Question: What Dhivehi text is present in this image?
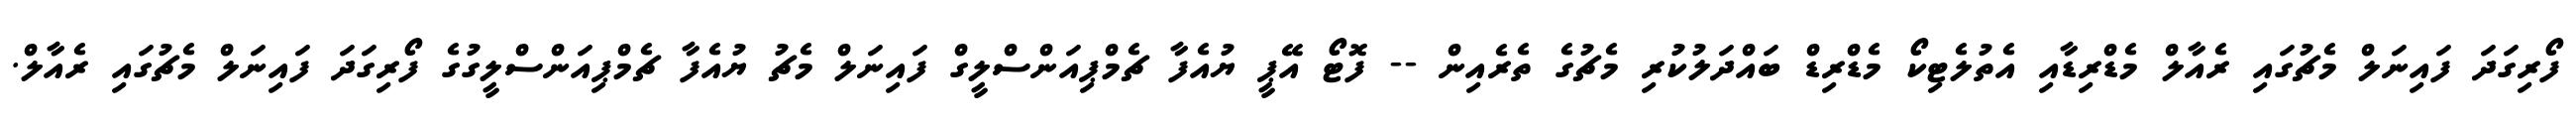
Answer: ފޯރިގަދަ ފައިނަލް މެޗުގައި ރެއާލް މެޑްރިޑާއި އެތުލެޓިކޯ މެޑްރިޑް ބައްދަލުކުރި މެޗުގެ ތެރެއިން -- ފޮޓޯ އޭޕީ ޔުއެފާ ޗެމްޕިއަންސްލީގް ފައިނަލް މެޗު ޔުއެފާ ޗެމްޕިއަންސްލީގުގެ ފޯރިގަދަ ފައިނަލް މެޗުގައި ރެއާލް.